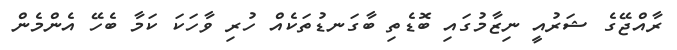
ރާއްޖޭގެ ޝަރުއީ ނިޒާމުގައި ބޮޑެތި ބާގަނޑުތަކެއް ހުރި ވާހަކަ ކަމާ ބެހޭ އެންމެން